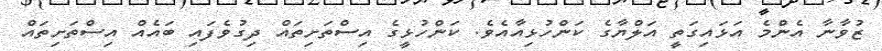
ޒުވާނާ އެންމެ އަޅައިގަތީ އަލްޔާގެ ކަންހުޅިއާއެވެ. ކަންހުޅީގެ އިސްތަށިތައް ދިގުވެފައި ބައެއް އިސްތަށިތައް